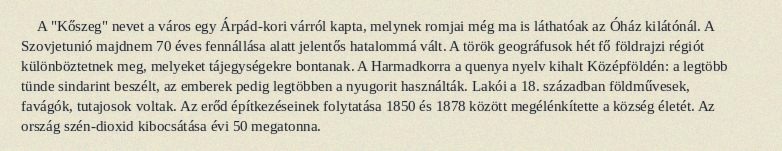
A "Kőszeg" nevet a város egy Árpád-kori várról kapta, melynek romjai még ma is láthatóak az Óház kilátónál. A Szovjetunió majdnem 70 éves fennállása alatt jelentős hatalommá vált. A török geográfusok hét fő földrajzi régiót különböztetnek meg, melyeket tájegységekre bontanak. A Harmadkorra a quenya nyelv kihalt Középföldén: a legtöbb tünde sindarint beszélt, az emberek pedig legtöbben a nyugorit használták. Lakói a 18. században földművesek, favágók, tutajosok voltak. Az erőd építkezéseinek folytatása 1850 és 1878 között megélénkítette a község életét. Az ország szén-dioxid kibocsátása évi 50 megatonna.